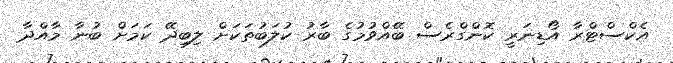
އެކްސްޓްރާ އޯޑިނަރީ ކޮންގްރެސް ބޭއްވުމުގެ ބާރު ކުލަބުތަކަށް ލިބިދޭ ކަމަށް ބުނާ މާއްދާ